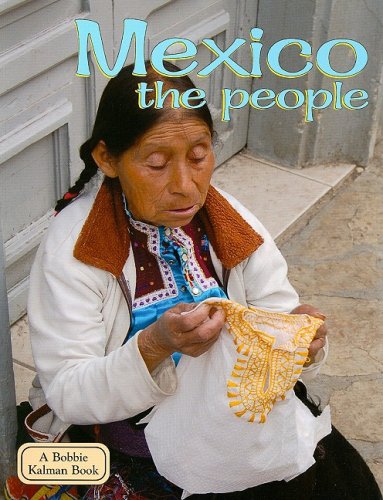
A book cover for Mexico the People (Lands, Peoples, and Cultures); Bobbie Kalman; Children's Books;